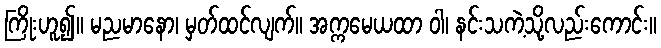
ကြိုးဟူ၍။ မညမာနော၊ မှတ်ထင်လျက်။ အက္ကမေယထာ ဝါ၊ နင်းသကဲ့သို့လည်းကောင်း။